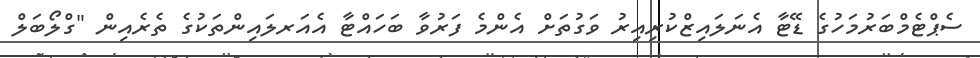
ސެޕްޓެމްބަރުމަހުގެ ޑޭޓާ އެނަލައިޒްކުރިއިރު ވަގުތަށް އެންމެ ފަރުވާ ބަހައްޓާ އެއަރލައިންތަކުގެ ތެރެއިން "ގްލޯބަލް